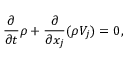
{ \frac { \partial } { \partial t } } \rho + { \frac { \partial } { \partial x _ { j } } } ( \rho V _ { j } ) = 0 ,